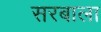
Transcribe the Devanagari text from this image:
सरबाला